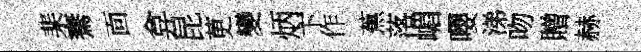
棐騫靣弇昆茰變炳卞作蕉落嵋嚶涕吻贈赫